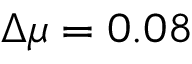
\Delta \mu = 0 . 0 8